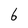
Character: 6